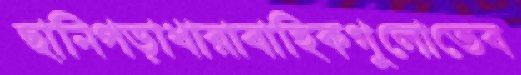
ছানিপড়াধারাবাহিকগুলোতেব